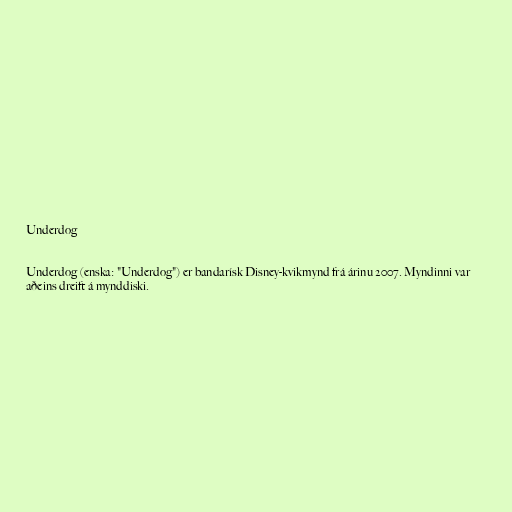
Underdog

Underdog (enska: "Underdog") er bandarísk Disney-kvikmynd frá árinu 2007. Myndinni var
aðeins dreift á mynddiski.